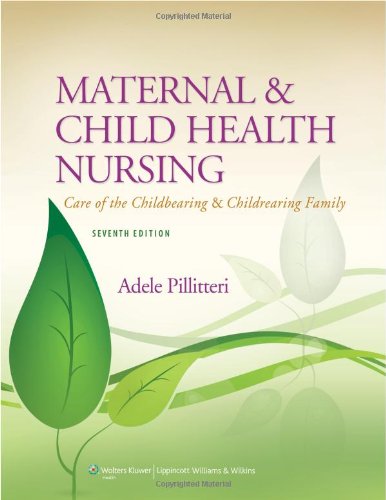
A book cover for Maternal and Child Health Nursing: Care of the Childbearing and Childrearing Family; Dr. Adele Pillitteri PhD  RN  PNP; Parenting & Relationships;